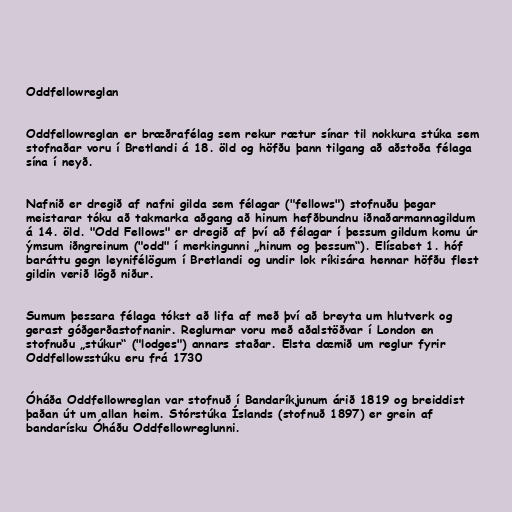
Oddfellowreglan

Oddfellowreglan er bræðrafélag sem rekur rætur sínar til nokkura stúka sem
stofnaðar voru í Bretlandi á 18. öld og höfðu þann tilgang að aðstoða félaga
sína í neyð.

Nafnið er dregið af nafni gilda sem félagar ("fellows") stofnuðu þegar
meistarar tóku að takmarka aðgang að hinum hefðbundnu iðnaðarmannagildum
á 14. öld. "Odd Fellows" er dregið af því að félagar í þessum gildum komu úr
ýmsum iðngreinum ("odd" í merkingunni „hinum og þessum“). Elísabet 1. hóf
baráttu gegn leynifélögum í Bretlandi og undir lok ríkisára hennar höfðu flest
gildin verið lögð niður.

Sumum þessara félaga tókst að lifa af með því að breyta um hlutverk og
gerast góðgerðastofnanir. Reglurnar voru með aðalstöðvar í London en
stofnuðu „stúkur“ ("lodges") annars staðar. Elsta dæmið um reglur fyrir
Oddfellowsstúku eru frá 1730

Óháða Oddfellowreglan var stofnuð í Bandaríkjunum árið 1819 og breiddist
þaðan út um allan heim. Stórstúka Íslands (stofnuð 1897) er grein af
bandarísku Óháðu Oddfellowreglunni.